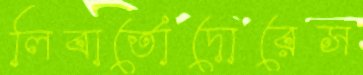
লিবার্তোদোরেস